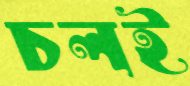
চলই